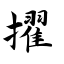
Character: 擢